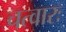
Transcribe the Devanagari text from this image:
चत्वारः